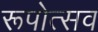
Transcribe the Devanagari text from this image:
रूपोत्सव